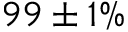
9 9 \pm 1 \%